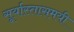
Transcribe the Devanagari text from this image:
सूर्यास्तासमयी